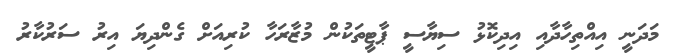
މަދަނީ އިއްތިހާދާއި އިދިކޮޅު ސިޔާސީ ޕާޓީތަކުން މުޒާރަހާ ކުރިއަށް ގެންދިޔަ އިރު ސަރުކާރު